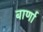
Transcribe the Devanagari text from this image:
बार्णा